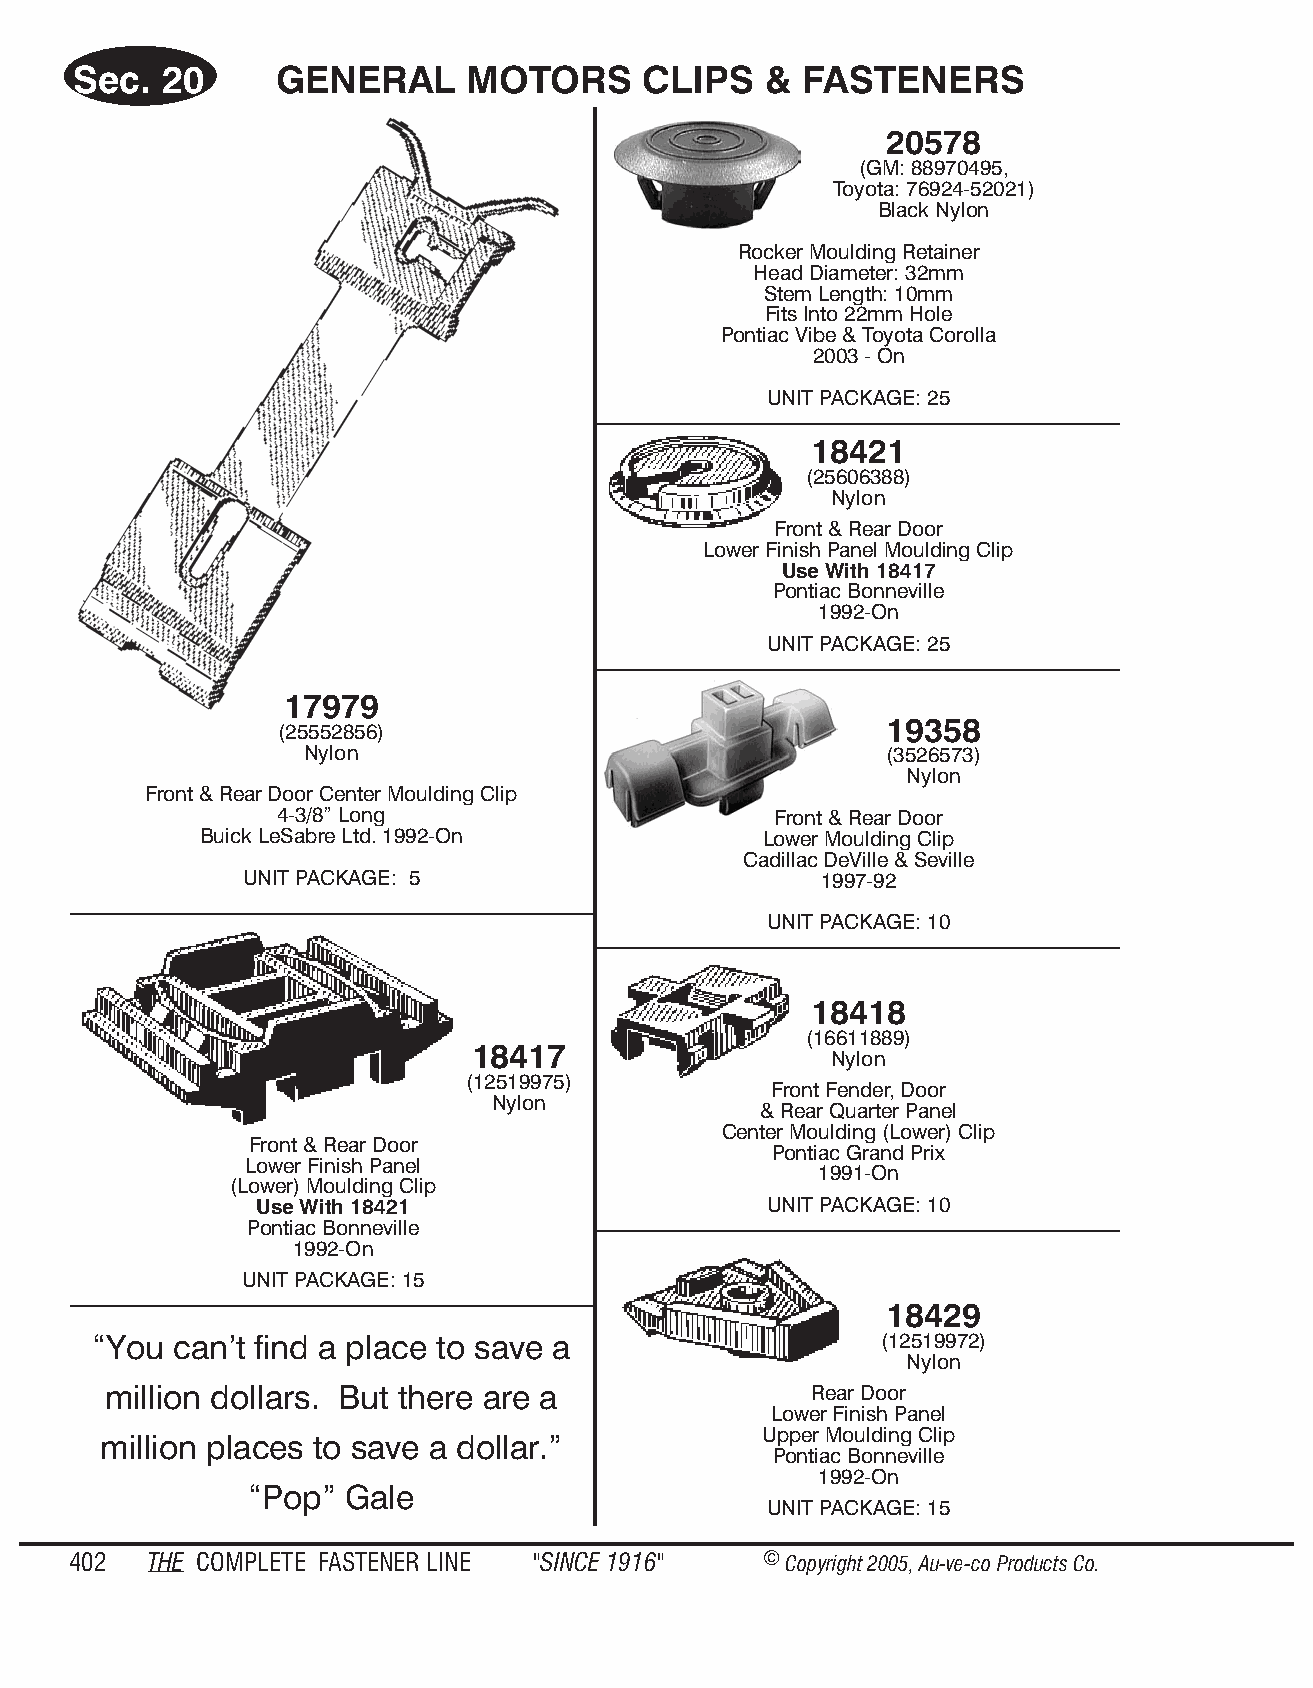
Sec.  20      GENE   RAL  MO  TORS    CLIPS   & FAS  TENE   RS
 20578
 (GM: 88970495,
 Toyota: 76924-52021)
 Black Nylon
 Rocker Moulding Retainer
 Head Diameter: 32mm
 Stem Length: 10mm
 Fits Into 22mm Hole
 Pontiac Vibe & Toyota Corolla
 2003 - On
 UNIT PACKAGE: 25
 18421
 (25606388)
 Nylon
 Front & Rear Door
 Lower Finish Panel Moulding Clip
 Use With 18417
 Pontiac Bonneville
 1992-On
 UNIT PACKAGE: 25
 17979
 19358
 (25552856)
 Nylon                                  (3526573)
 Nylon
 Front & Rear Door Center Moulding Clip
 4-3/8” Long                     Front & Rear Door
 Buick LeSabre Ltd. 1992-On            Lower Moulding Clip
 Cadillac DeVille & Seville
 UNIT PACKAGE: 5                        1997-92
 UNIT PACKAGE: 10
 18418
 (16611889)
 18417
 Nylon
 (12519975)
 Front Fender, Door
 Nylon
 & Rear Quarter Panel
 Center Moulding (Lower) Clip
 Front & Rear Door
 Pontiac Grand Prix
 Lower Finish Panel
 1991-On
 (Lower) Moulding Clip
 Use With 18421                    UNIT PACKAGE: 10
 Pontiac Bonneville
 1992-On
 UNIT PACKAGE: 15
 18429
 “You  can’t find a place to save a                   (12519972)
 Nylon
 million dollars. But there are a               Rear Door
 Lower Finish Panel
 Upper Moulding Clip
 million places to save a dollar.”
 Pontiac Bonneville
 1992-On
 “Pop” Gale
 UNIT PACKAGE: 15
 402  THE COM PLETE FAST ENER LINE "SINCE 1916" © Copyr ight 2005, Au-ve-co Produ cts Co.